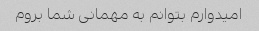
امیدوارم بتوانم به مهمانی شما بروم